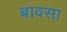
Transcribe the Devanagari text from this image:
बावसा